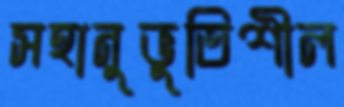
সহানুভুতিশীল